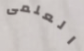
العلمى